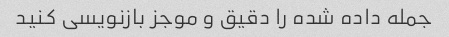
جمله داده شده را دقیق و موجز بازنویسی کنید